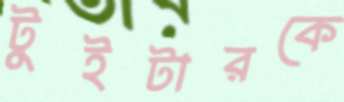
টুইটারকে